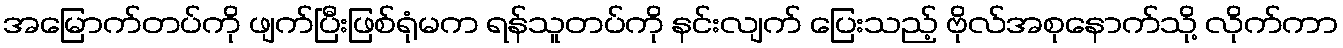
အမြောက်တပ်ကို ဖျက်ပြီးဖြစ်ရုံမက ရန်သူတပ်ကို နင်းလျက် ပြေးသည့် ဗိုလ်အစုနောက်သို့ လိုက်ကာ